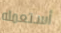
أستعمله